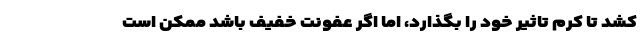
کشد تا کرم تاثیر خود را بگذارد، اما اگر عفونت خفیف باشد ممکن است